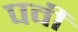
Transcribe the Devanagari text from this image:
पवी